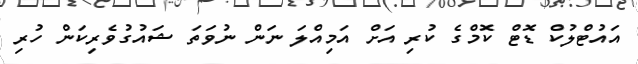
އައުޓްލުކް ޑޮޓް ކޮމްގެ ކުރި އަށް އަމިއްލަ ނަން ނުވަތަ ޝައުގުވެރިކަން ހުރި